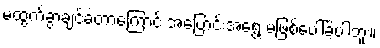
မထွက်ခွာချင်ခဲ့တာကြောင့် အပြောင်းအရွေ့ မဖြစ်ပေါ်ခဲ့ပါဘူး။